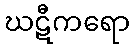
ဃဋီကရော